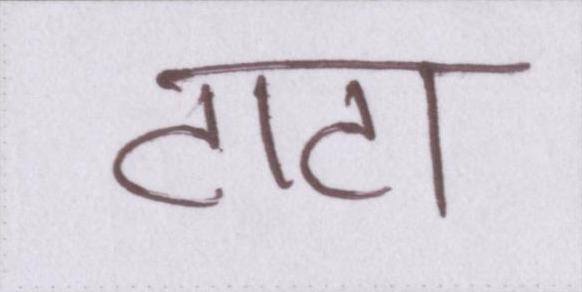
टाटा